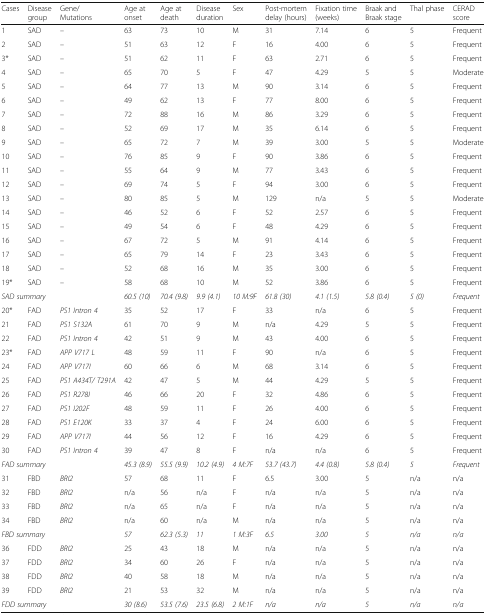
<table><thead><tr><td><b>Cases</b></td><td><b>Disease group</b></td><td><b>Gene/Mutations</b></td><td><b>Age at onset</b></td><td><b>Age at death</b></td><td><b>Disease duration</b></td><td><b>Sex</b></td><td><b>Post-mortem delay (hours)</b></td><td><b>Fixation time (weeks)</b></td><td><b>Braak and Braak stage</b></td><td><b>Thal phase</b></td><td><b>CERAD score</b></td></tr></thead><tbody><tr><td>1</td><td>SAD</td><td>–</td><td>63</td><td>73</td><td>10</td><td>M</td><td>31</td><td>7.14</td><td>6</td><td>5</td><td>Frequent</td></tr><tr><td>2</td><td>SAD</td><td>–</td><td>51</td><td>63</td><td>12</td><td>F</td><td>16</td><td>4.00</td><td>6</td><td>5</td><td>Frequent</td></tr><tr><td>3*</td><td>SAD</td><td>–</td><td>51</td><td>62</td><td>11</td><td>F</td><td>63</td><td>2.71</td><td>6</td><td>5</td><td>Frequent</td></tr><tr><td>4</td><td>SAD</td><td>–</td><td>65</td><td>70</td><td>5</td><td>F</td><td>47</td><td>4.29</td><td>5</td><td>5</td><td>Moderate</td></tr><tr><td>5</td><td>SAD</td><td>–</td><td>64</td><td>77</td><td>13</td><td>M</td><td>90</td><td>3.14</td><td>6</td><td>5</td><td>Frequent</td></tr><tr><td>6</td><td>SAD</td><td>–</td><td>49</td><td>62</td><td>13</td><td>F</td><td>77</td><td>8.00</td><td>6</td><td>5</td><td>Frequent</td></tr><tr><td>7</td><td>SAD</td><td>–</td><td>72</td><td>88</td><td>16</td><td>M</td><td>86</td><td>3.29</td><td>6</td><td>5</td><td>Frequent</td></tr><tr><td>8</td><td>SAD</td><td>–</td><td>52</td><td>69</td><td>17</td><td>M</td><td>35</td><td>6.14</td><td>6</td><td>5</td><td>Frequent</td></tr><tr><td>9</td><td>SAD</td><td>–</td><td>65</td><td>72</td><td>7</td><td>M</td><td>39</td><td>3.00</td><td>5</td><td>5</td><td>Moderate</td></tr><tr><td>10</td><td>SAD</td><td>–</td><td>76</td><td>85</td><td>9</td><td>F</td><td>90</td><td>3.86</td><td>6</td><td>5</td><td>Frequent</td></tr><tr><td>11</td><td>SAD</td><td>–</td><td>55</td><td>64</td><td>9</td><td>M</td><td>77</td><td>3.43</td><td>6</td><td>5</td><td>Frequent</td></tr><tr><td>12</td><td>SAD</td><td>–</td><td>69</td><td>74</td><td>5</td><td>F</td><td>94</td><td>3.00</td><td>6</td><td>5</td><td>Frequent</td></tr><tr><td>13</td><td>SAD</td><td>–</td><td>80</td><td>85</td><td>5</td><td>M</td><td>129</td><td>n/a</td><td>5</td><td>5</td><td>Moderate</td></tr><tr><td>14</td><td>SAD</td><td>–</td><td>46</td><td>52</td><td>6</td><td>F</td><td>52</td><td>2.57</td><td>6</td><td>5</td><td>Frequent</td></tr><tr><td>15</td><td>SAD</td><td>–</td><td>49</td><td>54</td><td>6</td><td>F</td><td>48</td><td>4.29</td><td>6</td><td>5</td><td>Frequent</td></tr><tr><td>16</td><td>SAD</td><td>–</td><td>67</td><td>72</td><td>5</td><td>M</td><td>91</td><td>4.14</td><td>6</td><td>5</td><td>Frequent</td></tr><tr><td>17</td><td>SAD</td><td>–</td><td>65</td><td>79</td><td>14</td><td>F</td><td>23</td><td>3.43</td><td>6</td><td>5</td><td>Frequent</td></tr><tr><td>18</td><td>SAD</td><td>–</td><td>52</td><td>68</td><td>16</td><td>M</td><td>35</td><td>3.00</td><td>6</td><td>5</td><td>Frequent</td></tr><tr><td>19*</td><td>SAD</td><td>–</td><td>58</td><td>68</td><td>10</td><td>M</td><td>52</td><td>3.86</td><td>6</td><td>5</td><td>Frequent</td></tr><tr><td colspan="3"><i>SAD summary</i></td><td><i>60.5 (10)</i></td><td><i>70.4 (9.8)</i></td><td><i>9.9 (4.1)</i></td><td><i>10 M:9F</i></td><td><i>61.8 (30)</i></td><td><i>4.1 (1.5)</i></td><td><i>5.8 (0.4)</i></td><td><i>5 (0)</i></td><td><i>Frequent</i></td></tr><tr><td>20*</td><td>FAD</td><td><i>PS1 Intron 4</i></td><td>35</td><td>52</td><td>17</td><td>F</td><td>33</td><td>n/a</td><td>6</td><td>5</td><td>Frequent</td></tr><tr><td>21</td><td>FAD</td><td><i>PS1 S132A</i></td><td>61</td><td>70</td><td>9</td><td>M</td><td>n/a</td><td>4.29</td><td>5</td><td>5</td><td>Frequent</td></tr><tr><td>22</td><td>FAD</td><td><i>PS1 Intron 4</i></td><td>42</td><td>51</td><td>9</td><td>M</td><td>43</td><td>4.00</td><td>6</td><td>5</td><td>Frequent</td></tr><tr><td>23*</td><td>FAD</td><td><i>APP V717 L</i></td><td>48</td><td>59</td><td>11</td><td>F</td><td>90</td><td>n/a</td><td>6</td><td>5</td><td>Frequent</td></tr><tr><td>24</td><td>FAD</td><td><i>APP V717I</i></td><td>60</td><td>66</td><td>6</td><td>M</td><td>68</td><td>3.14</td><td>6</td><td>5</td><td>Frequent</td></tr><tr><td>25</td><td>FAD</td><td><i>PS1 A434T/ T291A</i></td><td>42</td><td>47</td><td>5</td><td>M</td><td>44</td><td>4.29</td><td>5</td><td>5</td><td>Frequent</td></tr><tr><td>26</td><td>FAD</td><td><i>PS1 R278I</i></td><td>46</td><td>66</td><td>20</td><td>F</td><td>32</td><td>4.86</td><td>6</td><td>5</td><td>Frequent</td></tr><tr><td>27</td><td>FAD</td><td><i>PS1 I202F</i></td><td>48</td><td>59</td><td>11</td><td>F</td><td>26</td><td>4.00</td><td>6</td><td>5</td><td>Frequent</td></tr><tr><td>28</td><td>FAD</td><td><i>PS1 E120K</i></td><td>33</td><td>37</td><td>4</td><td>F</td><td>24</td><td>6.00</td><td>6</td><td>5</td><td>Frequent</td></tr><tr><td>29</td><td>FAD</td><td><i>APP V717I</i></td><td>44</td><td>56</td><td>12</td><td>F</td><td>16</td><td>4.29</td><td>6</td><td>5</td><td>Frequent</td></tr><tr><td>30</td><td>FAD</td><td><i>PS1 Intron 4</i></td><td>39</td><td>47</td><td>8</td><td>F</td><td>n/a</td><td>n/a</td><td>6</td><td>5</td><td>Frequent</td></tr><tr><td colspan="3"><i>FAD summary</i></td><td><i>45.3 (8.9)</i></td><td><i>55.5 (9.9)</i></td><td><i>10.2 (4.9)</i></td><td><i>4 M:7F</i></td><td><i>53.7 (43.7)</i></td><td><i>4.4 (0.8)</i></td><td><i>5.8 (0.4)</i></td><td><i>5</i></td><td><i>Frequent</i></td></tr><tr><td>31</td><td>FBD</td><td><i>BRI2</i></td><td>57</td><td>68</td><td>11</td><td>F</td><td>6.5</td><td>3.00</td><td>5</td><td>n/a</td><td>n/a</td></tr><tr><td>32</td><td>FBD</td><td><i>BRI2</i></td><td>n/a</td><td>56</td><td>n/a</td><td>F</td><td>n/a</td><td>n/a</td><td>5</td><td>n/a</td><td>n/a</td></tr><tr><td>33</td><td>FBD</td><td><i>BRI2</i></td><td>n/a</td><td>65</td><td>n/a</td><td>F</td><td>n/a</td><td>n/a</td><td>5</td><td>n/a</td><td>n/a</td></tr><tr><td>34</td><td>FBD</td><td><i>BRI2</i></td><td>n/a</td><td>60</td><td>n/a</td><td>M</td><td>n/a</td><td>n/a</td><td>5</td><td>n/a</td><td>n/a</td></tr><tr><td colspan="3"><i>FBD summary</i></td><td><i>57</i></td><td><i>62.3 (5.3)</i></td><td><i>11</i></td><td><i>1 M:3F</i></td><td><i>6.5</i></td><td><i>3.00</i></td><td><i>5</i></td><td><i>n/a</i></td><td><i>n/a</i></td></tr><tr><td>36</td><td>FDD</td><td><i>BRI2</i></td><td>25</td><td>43</td><td>18</td><td>M</td><td>n/a</td><td>n/a</td><td>5</td><td>n/a</td><td>n/a</td></tr><tr><td>37</td><td>FDD</td><td><i>BRI2</i></td><td>34</td><td>60</td><td>26</td><td>F</td><td>n/a</td><td>n/a</td><td>5</td><td>n/a</td><td>n/a</td></tr><tr><td>38</td><td>FDD</td><td><i>BRI2</i></td><td>40</td><td>58</td><td>18</td><td>M</td><td>n/a</td><td>n/a</td><td>5</td><td>n/a</td><td>n/a</td></tr><tr><td>39</td><td>FDD</td><td><i>BRI2</i></td><td>21</td><td>53</td><td>32</td><td>M</td><td>n/a</td><td>n/a</td><td>5</td><td>n/a</td><td>n/a</td></tr><tr><td colspan="3"><i>FDD summary</i></td><td><i>30 (8.6)</i></td><td><i>53.5 (7.6)</i></td><td><i>23.5 (6.8)</i></td><td><i>2 M:1F</i></td><td><i>n/a</i></td><td><i>n/a</i></td><td><i>5</i></td><td><i>n/a</i></td><td><i>n/a</i></td></tr></tbody></table>